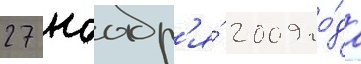
27 ноабр'я́ 2009 го́да